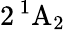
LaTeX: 2\, \mathrm{^1A_{2}}